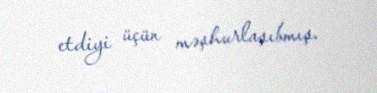
etdiyi üçün məşhurlaşıbmış.